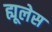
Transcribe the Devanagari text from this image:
ह्यूलेस